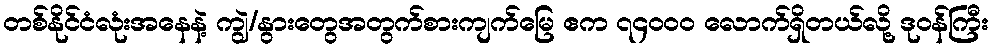
တစ်နိုင်ငံလုံးအနေနဲ့ ကျွဲ/နွားတွေအတွက်စားကျက်မြေ ဧက ၇၄၀၀၀ လောက်ရှိတယ်လို့ ဒုဝန်ကြီး